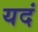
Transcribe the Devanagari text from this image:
यदं